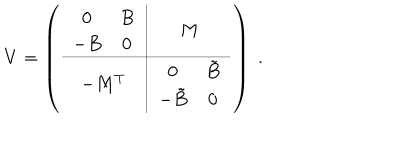
V = \left( \begin{array} { c | c } { { \begin{array} { c c } { { 0 } } & { { B } } \\ { { - B } } & { { 0 } } \\ \end{array} } } & { { M } } \\ \hline { { - M ^ { T } } } & { { \begin{array} { c c } { { 0 } } & { { \tilde { B } } } \\ { { - \tilde { B } } } & { { 0 } } \\ \end{array} } } \\ \end{array} \right) \; .